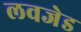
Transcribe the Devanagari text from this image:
लवजेड